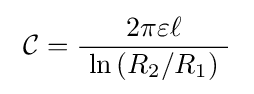
\ {\mathcal {C}}={\frac {2\pi \varepsilon \ell }{\ \ln \left(R_{2}/R_{1}\right)\ }}\